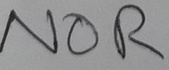
Text: NOR